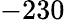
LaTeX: -230